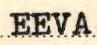
EEVA